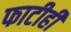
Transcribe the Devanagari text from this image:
फाटीही